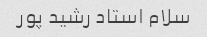
سلام استاد رشید پور